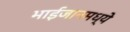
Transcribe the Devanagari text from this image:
भाईजानमध्ये